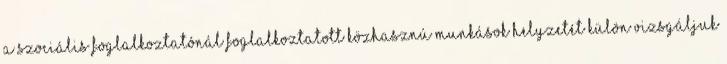
a Szociális Foglalkoztatónál foglalkoztatott közhasznú munkások helyzetét külön vizsgáljuk